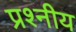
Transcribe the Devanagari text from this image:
प्रश्नीय